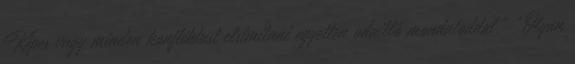
Képes vagy minden konfliktust elsimítani egyetlen odaillő mondatoddal.” “Olyan